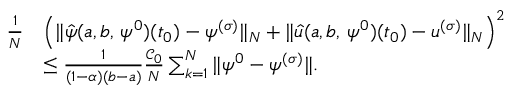
\begin{array} { r l } { \frac { 1 } { N } } & { \left( \| \hat { \psi } ( a , b , \, \psi ^ { 0 } ) ( t _ { 0 } ) - \psi ^ { ( \sigma ) } \| _ { N } + \| \hat { u } ( a , b , \, \psi ^ { 0 } ) ( t _ { 0 } ) - u ^ { ( \sigma ) } \| _ { N } \right) ^ { 2 } } \\ & { \leq \frac { 1 } { ( 1 - \alpha ) ( b - a ) } \frac { \mathcal C _ { 0 } } { N } \sum _ { k = 1 } ^ { N } \| \psi ^ { 0 } - \psi ^ { ( \sigma ) } \| . } \end{array}